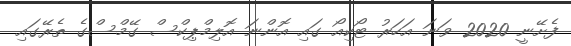
ފެށޭނީ 2020 ވަނަ އަހަރު ޓޯކިއޯ ގައި އޮންނަ އޮލިމްޕިކްސް ގޭމްސްގެ ތެރޭގައި